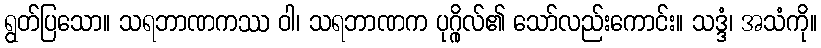
ရွတ်ပြသော။ သရဘာဏကဿ ဝါ၊ သရဘာဏက ပုဂ္ဂိုလ်၏ သော်လည်းကောင်း။ သဒ္ဒံ၊ အသံကို။